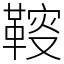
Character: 䩳